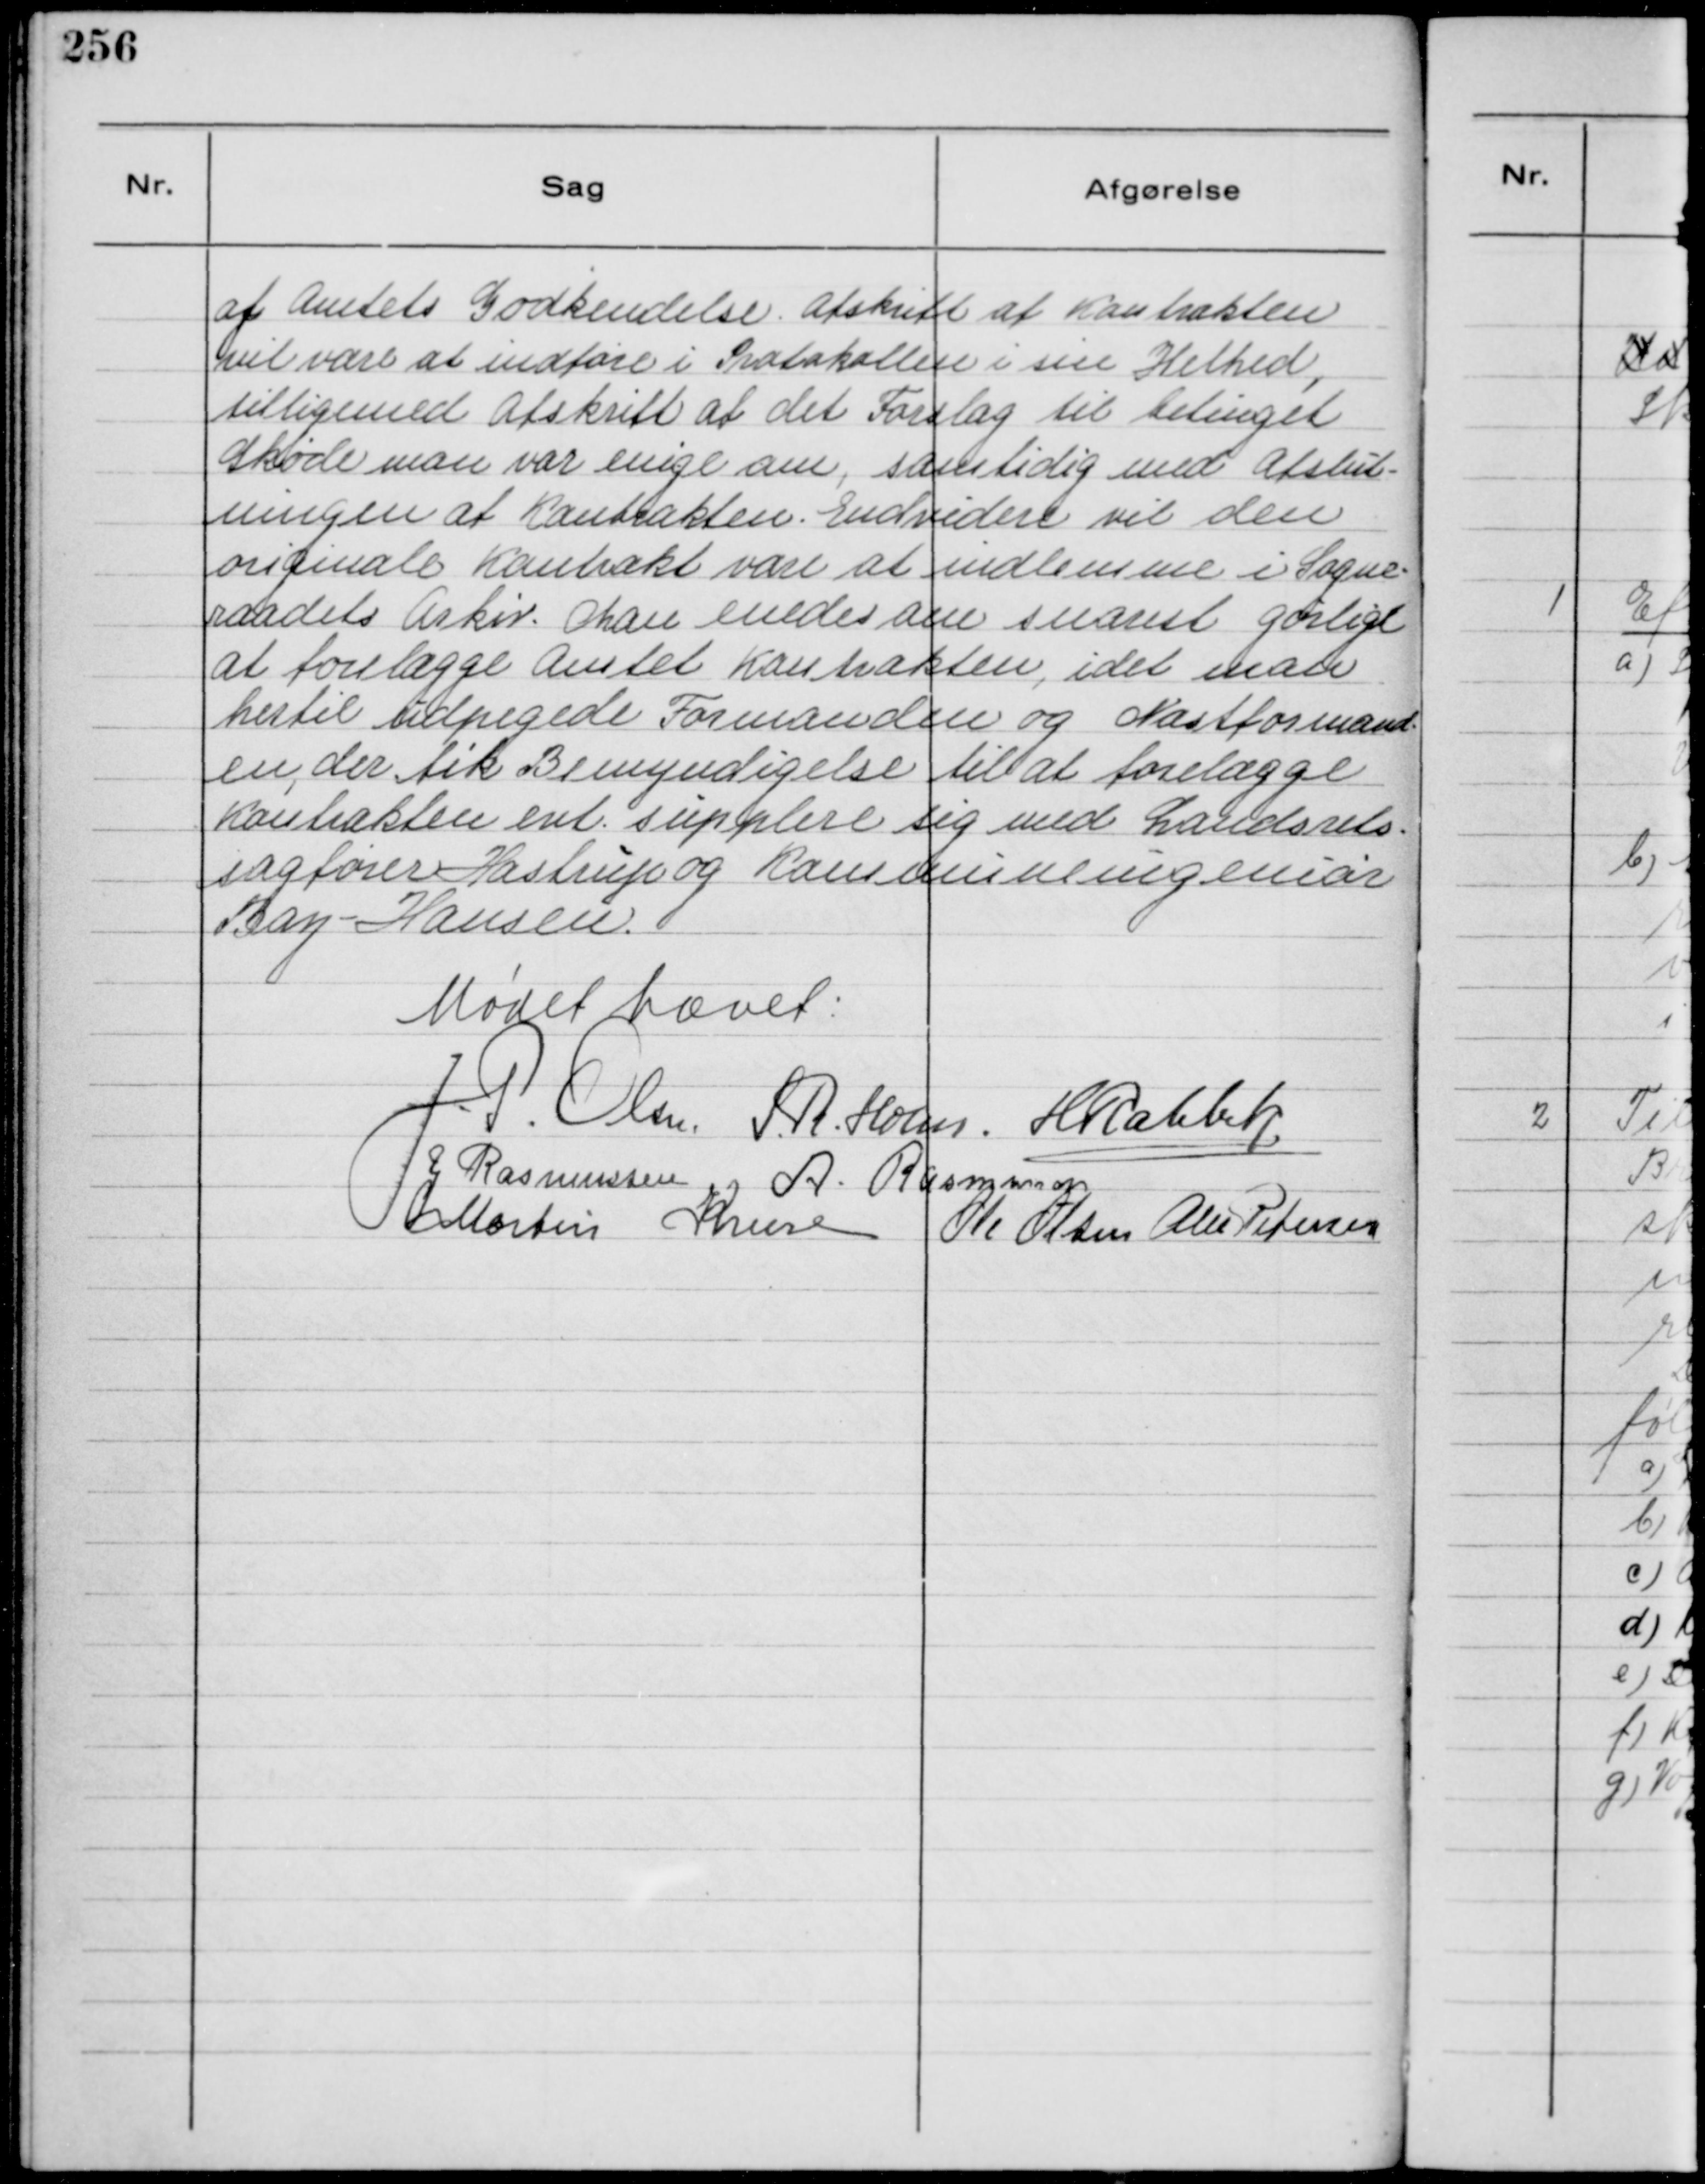
Transskription:
af Amtets Godkendelse. Afskrift af Kontrakten
vil være at indføre i Protokollen i sin Helhed,
tilligemed Afskrift af det Forslag til betinget
Skøde man var enige om, samtidig med Afslut-
ningen af Kontrakten. Endvidere vil den
originale Kontakt vare at indlemme i Sogne-
raadets Arkiv. Man enedes om snarest gørligt
at forelægge Amtet Kontrakten, idet man
hertil udpegede Formanden og Næstformand-
en, der fik Bemyndigelse til at forelægge
Kontrakten evt. supplere sig med Landsrets-
sagfører Hastrup og Kommuneingeniør
Bay-Hansen.

Mødet hævet:
J. P. Olsen.
S. R. Holm.
H Rahbek.
J. Rasmussen
A. Rasmussen
Martin Kruse
Ole Olsen
Alex Petersen